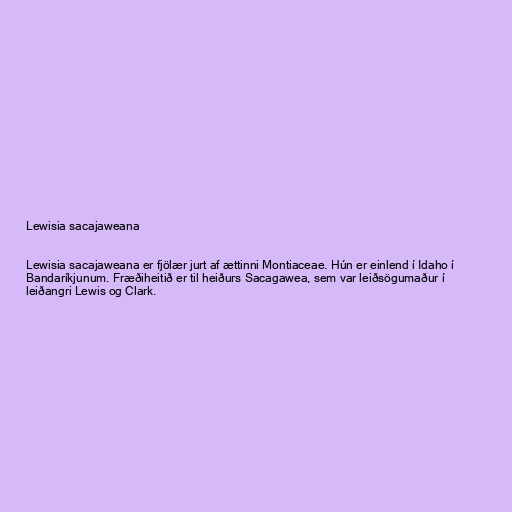
Lewisia sacajaweana

Lewisia sacajaweana er fjölær jurt af ættinni Montiaceae. Hún er einlend í Idaho í
Bandaríkjunum. Fræðiheitið er til heiðurs Sacagawea, sem var leiðsögumaður í
leiðangri Lewis og Clark.